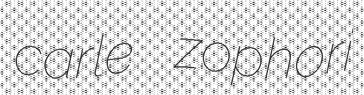
carle zophori